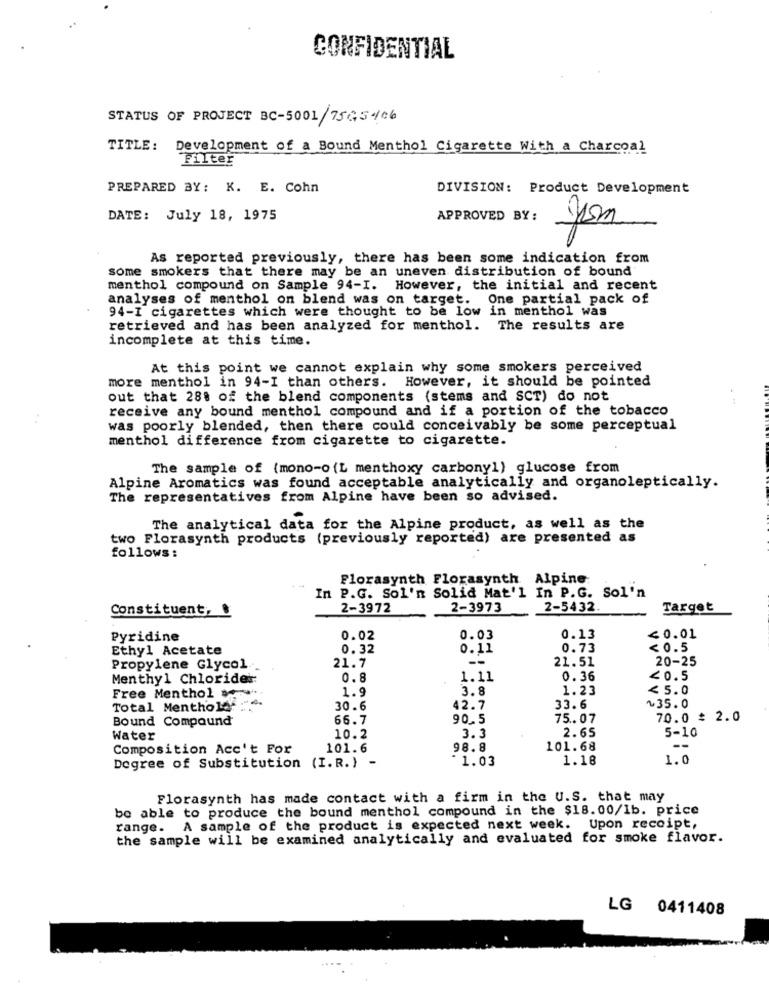
CONFIDENTIAL
STATUS OF PROJECT BC-5001/7565466
TITLE: Development of a Bound Menthol Cigarette With a Charcoal
Filter
PREPARED BY: K. E. Cohn
DIVISION: Product Development
DATE: July 18, 1975
APPROVED BY:
As reported previously, there has been some indication from
some smokers that there may be an uneven distribution of bound
menthol compound on Sample 94-I. However, the initial and recent
analyses of menthol on blend was on target. One partial pack of
94-I cigarettes which were thought to be low in menthol was
retrieved and has been analyzed for menthol. The results are
incomplete at this time.
At this point we cannot explain why some smokers perceived
However, it should be pointed
more menthol in 94-I than others.
out that 28. of the blend components (stems and SCT) do not
receive any bound menthol compound and if a portion of the tobacco
was poorly blended, then there could conceivably be some perceptual
menthol difference from cigarette to cigarette.
The sample of (mono-o(L menthoxy carbonyl) glucose from
Alpine Aromatics was found acceptable analytically and organoleptically.
The representatives from Alpine have been so advised.
The analytical data for the Alpine product, as well as the
two Florasynth products (previously reported) are presented as
follows:
Florasynth Florasynth Alpine
In P.G. Sol'n Solid Mat'l In P.G. Sol'n
Constituent, .
2-3972
2-3973
2-5432.
Target
Pyridine
0.02
0.03
0.13
≤0.01
Ethyl Acetate
0.32
0.11
0.73
<0.5
21.7
--
21.51
20-25
Propylene Glycol.
Menthyl Chlorides
0.8
1.11
0.36
<0.5
Free Menthol ...
1.9
3.8
1.23
<5.0
Total Menthol ...
30.6
42.7
33.6
~35.0
Bound Compaund
66.7
90.5
75.07
70.0 : 2.0
2.65
5-10
Water
10.2
3.3
--
Composition Acc't For
101.6
98.8
101.68
Degree of Substitution (I.R.) -
1.18
1.0
*1.03
Florasynth has made contact with a firm in the U.S. that may
be able to produce the bound menthol compound in the $18.00/1b. price
range. A sample of the product is expected next week. Upon receipt,
the sample will be examined analytically and evaluated for smoke flavor.
LG 0411408